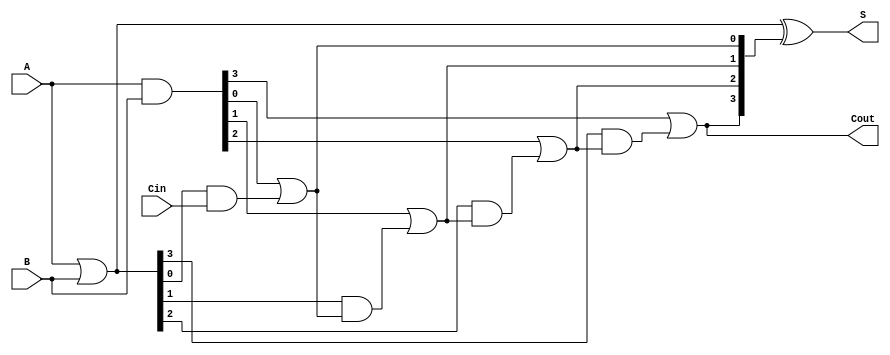
module CarryLookaheadAdder #(
    parameter N = 4 // Number of bits in A and B
)(
    input  [N-1:0] A,    // N-bit input A
    input  [N-1:0] B,    // N-bit input B
    input          Cin,   // Carry-in
    output [N-1:0] S,    // N-bit sum output
    output         Cout    // Carry-out
);

    // Generate and Propagate signals
    wire [N-1:0] G; // Generate
    wire [N-1:0] P; // Propagate
    wire [N:0] C;   // Carry signals

    // Generate and Propagate Logic
    assign G = A & B;           // Gi = Ai & Bi
    assign P = A | B;           // Pi = Ai | Bi

    // Carry Logic
    assign C[0] = Cin;          // C0 = Cin
    generate
        genvar i;
        for (i = 0; i < N; i = i + 1) begin : carry_generation
            assign C[i + 1] = G[i] | (P[i] & C[i]); // Ci+1 = Gi + Pi * Ci
        end
    endgenerate

    // Sum Calculation
    assign S = P ^ C[N:1]; // Si = Pi ^ Ci

    // Carry-out
    assign Cout = C[N]; // Cout = CN

endmodule